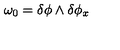
\omega _ { 0 } = \delta \phi \wedge \delta \phi _ { x }